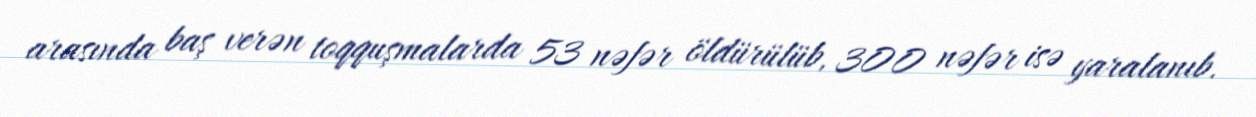
arasında baş verən toqquşmalarda 53 nəfər öldürülüb, 300 nəfər isə yaralanıb.